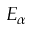
E _ { \alpha }